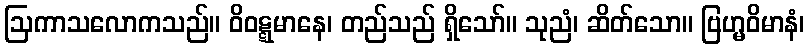
ဩကာသလောကသည်။ ဝိဝဋ္ဋမာနေ၊ တည်သည် ရှိသော်။ သုညံ၊ ဆိတ်သော။ ဗြဟ္မဝိမာနံ၊